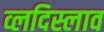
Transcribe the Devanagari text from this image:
व्लदिस्लाव